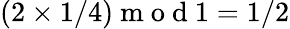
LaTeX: (2\times 1/4)\mathrm{~m~o~d~}1=1/2